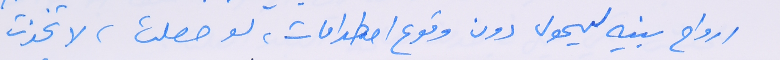
ارواح بنيه ليحول دون وقوع اصطدامات، لو حصلت، لاتخذت